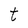
Character: t